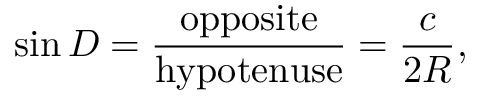
\sin D = { \frac { \mathrm { o p p o s i t e } } { \mathrm { h y p o t e n u s e } } } = { \frac { c } { 2 R } } ,